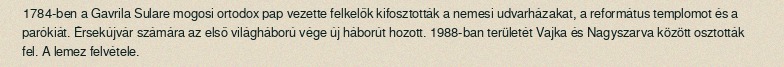
1784-ben a Gavrila Sulare mogosi ortodox pap vezette felkelők kifosztották a nemesi udvarházakat, a református templomot és a parókiát. Érsekújvár számára az első világháború vége új háborút hozott. 1988-ban területét Vajka és Nagyszarva között osztották fel. A lemez felvétele.